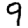
Digit: 9